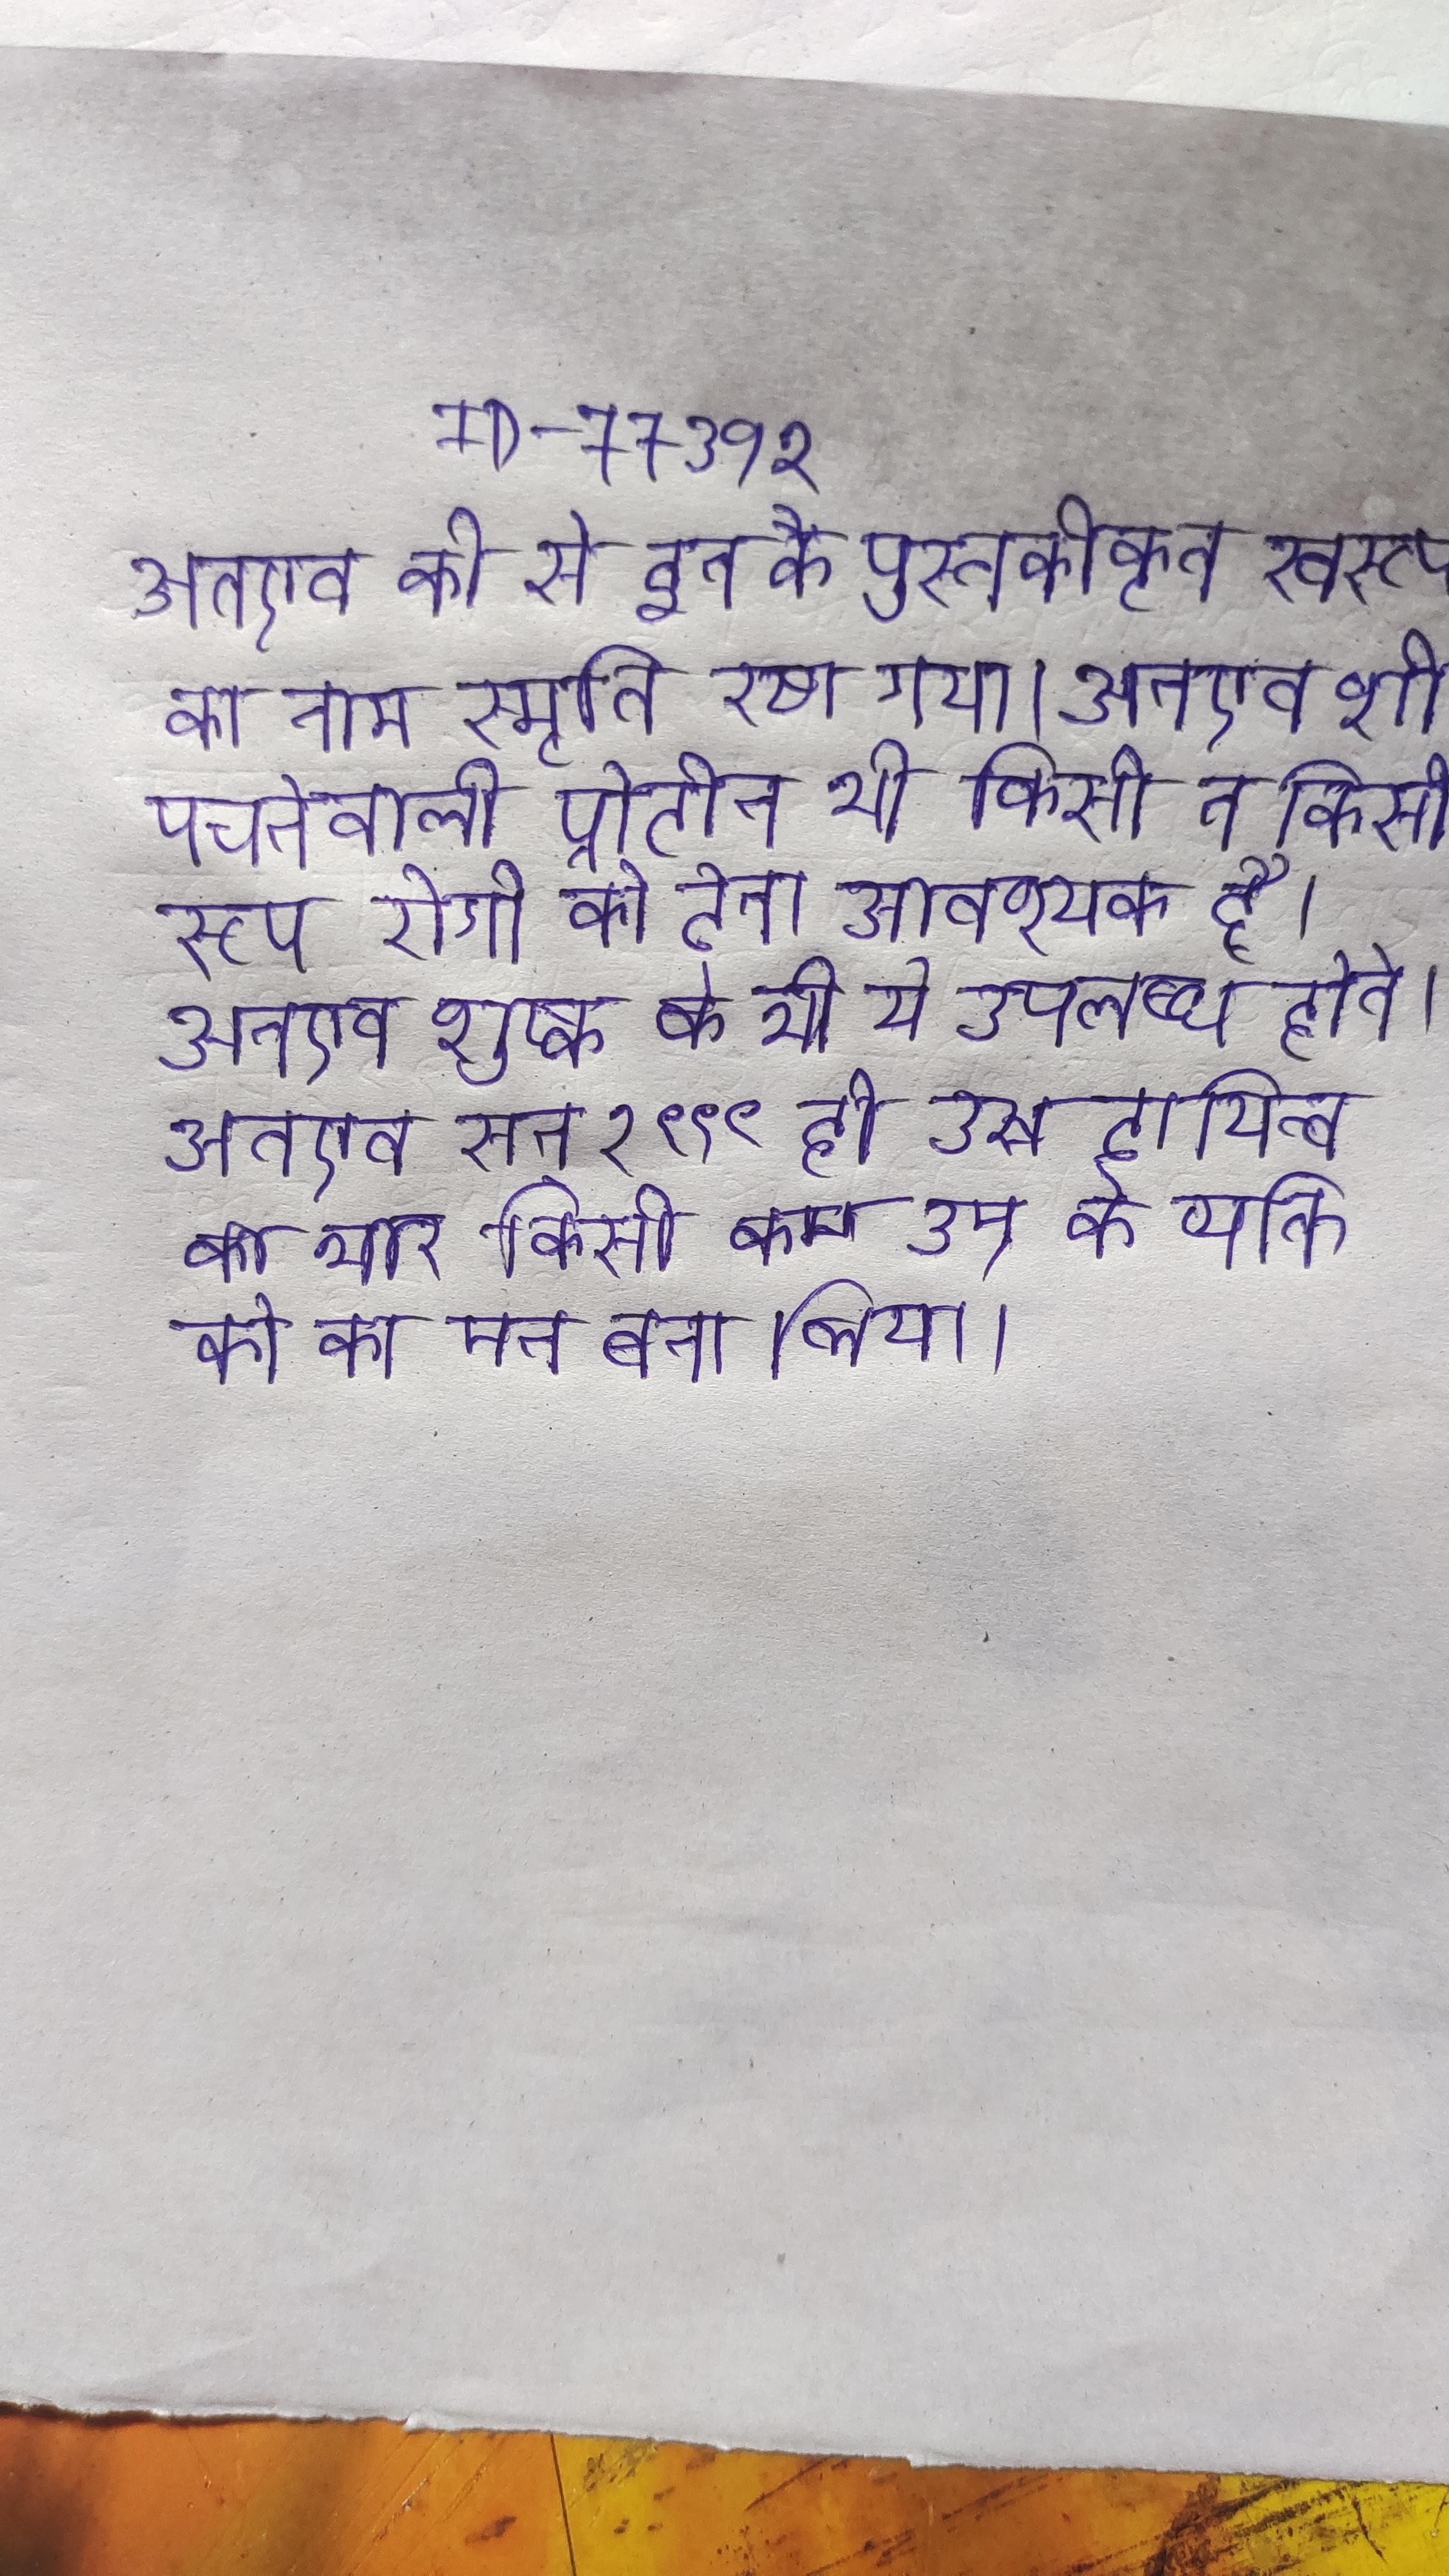
अतएव की से इन के पुस्तकीकृत स्वरूप का नाम स्मृति रखा गया । अतएव शीर्घ पचनेवाली प्रोटीन भी किसी न किसी रूप रोगी को देना आवश्यक है । अतएव शुष्क के भी ये उपलब्ध होते । अतएव सन् १९९९ ही उस दायित्व का भार किसी कम उम्र के व्यक्ति को का मन बना लिया ।